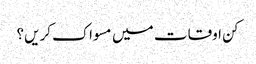
کن اوقات میں مسواک کریں؟